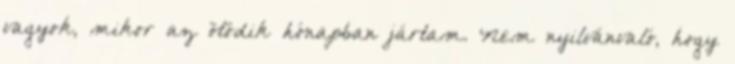
vagyok, mikor az ötödik hónapban jártam. Nem nyilvánvaló, hogy